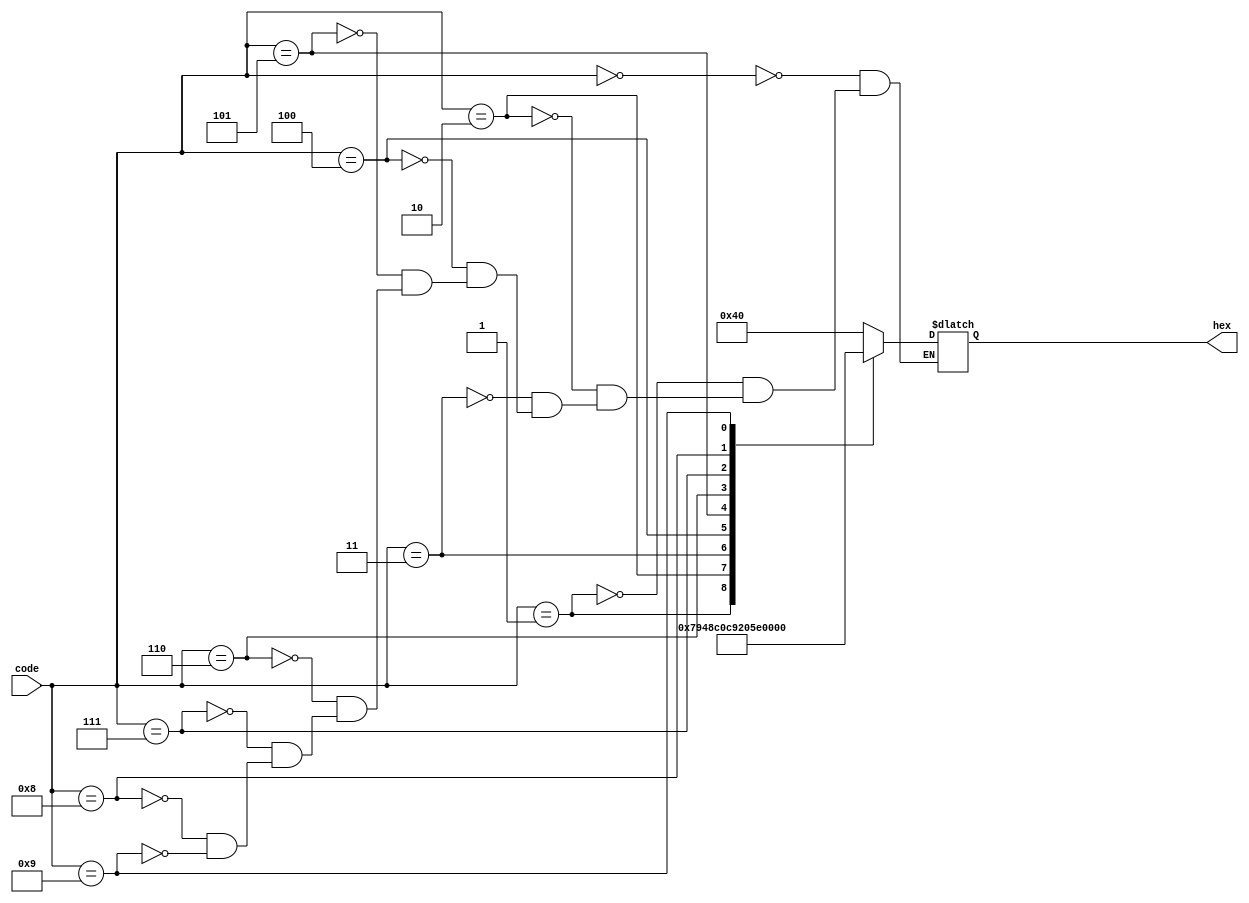
module BCDToSevenSeg(
	input[3:0] code,
	output reg[6:0] hex
);

//reg[6:0] hex;

always @* begin
	case(code)
		4'b0000: begin hex = 7'b1000000; end	//0
		4'b0001: begin hex = 7'b1111001; end	//1
		4'b0010: begin hex = 7'b0100100; end	//2
		4'b0011: begin hex = 7'b0110000; end	//3
		4'b0100: begin hex = 7'b0011001; end	//4
		4'b0101: begin hex = 7'b0010010; end	//5
		4'b0110: begin hex = 7'b0000010; end	//6
		4'b0111: begin hex = 7'b1111000; end	//7
		4'b1000: begin hex = 7'b0000000; end	//8
		4'b1001: begin hex = 7'b0010000; end	//9
	endcase
end

//assign hexout = hex;

endmodule